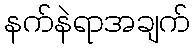
နက်နဲရာအချက်